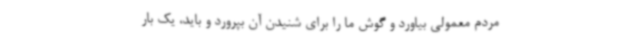
مردم معمولی بیاورد و گوش ما را برای شنیدن آن بپرورد و باید، یک بار